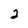
Character: 2